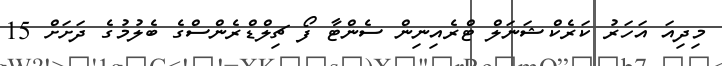
މިދިއަ އަހަރު ކަރެކްޝަނަލް ޓްރެއިނިން ސެންޓާ ފޯ ޗިލްޑްރެންސްގެ ބެލުމުގެ ދަށަށް 15